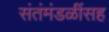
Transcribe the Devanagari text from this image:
संतंमंडळींसह